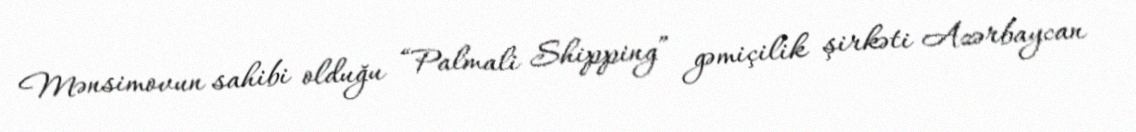
Mənsimovun sahibi olduğu “Palmali Shipping” gəmiçilik şirkəti Azərbaycan